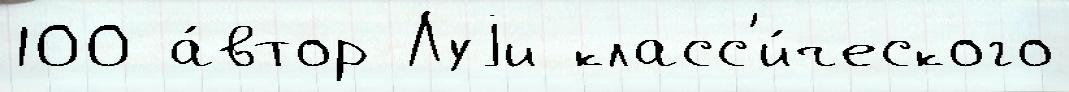
100 а́втор Луjи класс'и́ческого